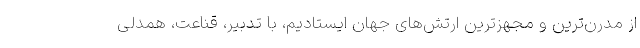
از مدرن‌ترین و مجهزترین ارتش‌های جهان ایستادیم، با تدبیر، قناعت، همدلی